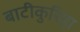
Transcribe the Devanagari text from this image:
बाटीकुरिहा